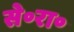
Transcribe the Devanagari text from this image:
से॰रा॰